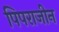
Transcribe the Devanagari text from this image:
पिपराजीन